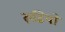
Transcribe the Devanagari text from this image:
रुढि़यो